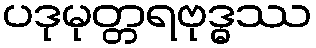
ပဒုမုတ္တရဗုဒ္ဓဿ